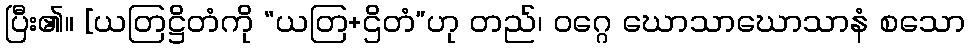
ပြီး၏။ [ယတြဋ္ဌိတံကို “ယတြ+ဌိတံ”ဟု တည်၊ ဝဂ္ဂေ ဃောသာဃောသာနံ စသော